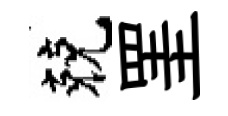
兢罣